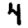
Digit: 4